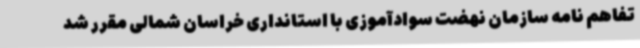
تفاهم نامه سازمان نهضت سوادآموزی با استانداری خراسان شمالی مقرر شد